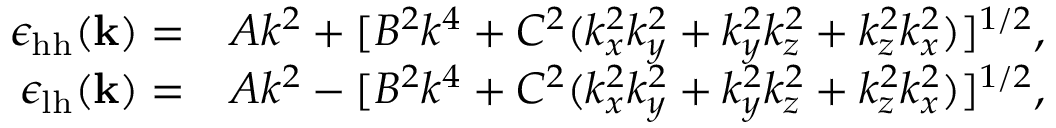
\begin{array} { r l } { \epsilon _ { \mathrm { h h } } ( \mathbf k ) = } & { A k ^ { 2 } + [ B ^ { 2 } k ^ { 4 } + C ^ { 2 } ( k _ { x } ^ { 2 } k _ { y } ^ { 2 } + k _ { y } ^ { 2 } k _ { z } ^ { 2 } + k _ { z } ^ { 2 } k _ { x } ^ { 2 } ) ] ^ { 1 / 2 } , } \\ { \epsilon _ { \mathrm { l h } } ( \mathbf k ) = } & { A k ^ { 2 } - [ B ^ { 2 } k ^ { 4 } + C ^ { 2 } ( k _ { x } ^ { 2 } k _ { y } ^ { 2 } + k _ { y } ^ { 2 } k _ { z } ^ { 2 } + k _ { z } ^ { 2 } k _ { x } ^ { 2 } ) ] ^ { 1 / 2 } , } \end{array}